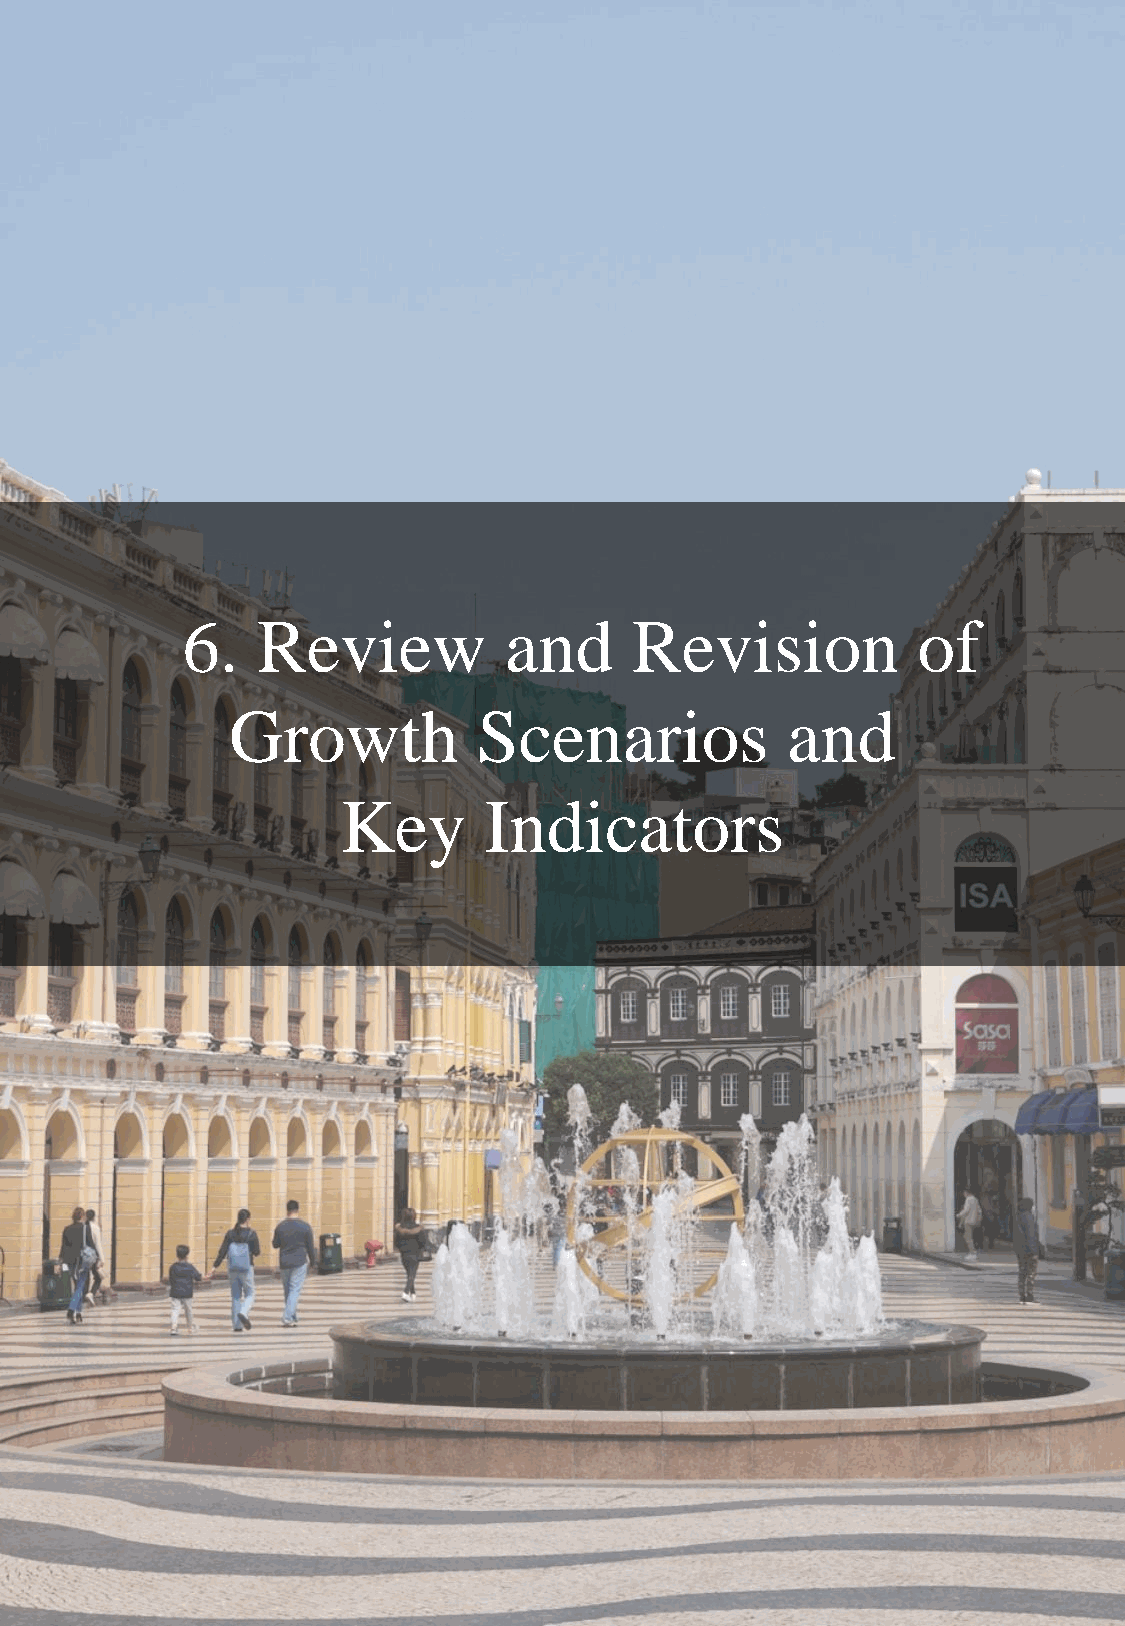
6.   Review          and      Revision           of
 Growth           Scenarios           and
 Key      Indicators